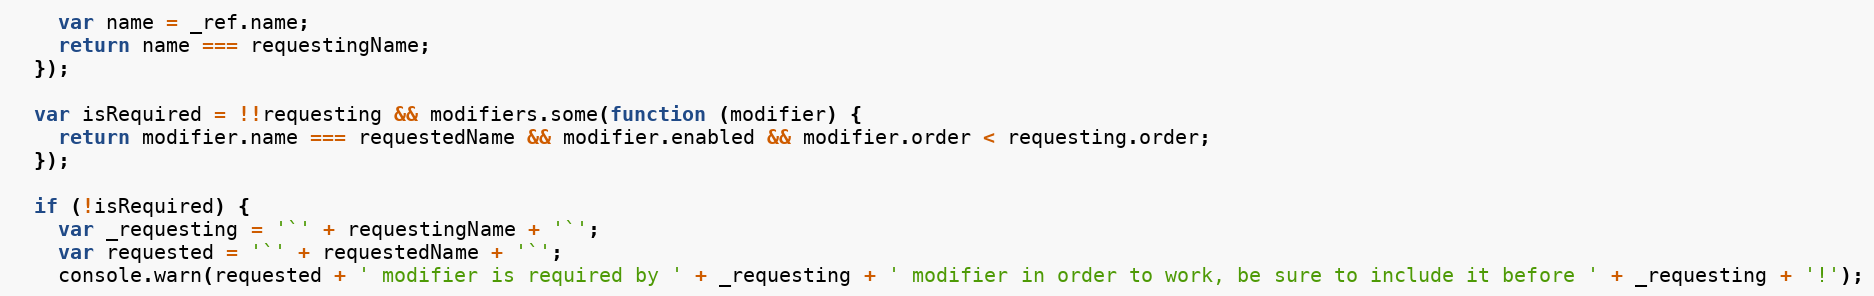
Language: JavaScript
    var name = _ref.name;
    return name === requestingName;
  });

  var isRequired = !!requesting && modifiers.some(function (modifier) {
    return modifier.name === requestedName && modifier.enabled && modifier.order < requesting.order;
  });

  if (!isRequired) {
    var _requesting = '`' + requestingName + '`';
    var requested = '`' + requestedName + '`';
    console.warn(requested + ' modifier is required by ' + _requesting + ' modifier in order to work, be sure to include it before ' + _requesting + '!');